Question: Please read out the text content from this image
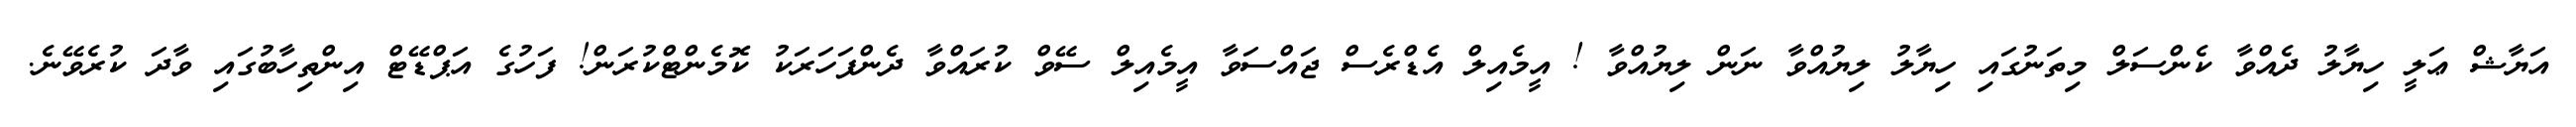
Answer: އަޔާޝް ޢަލީ ހިޔާލު ދެއްވާ ކެންސަލް މިތަނުގައި ހިޔާލު ލިޔުއްވާ ނަން ލިޔުއްވާ ! އީމެއިލް އެޑްރެސް ޖައްސަވާ އީމެއިލް ސޭވް ކުރައްވާ ދެންފަހަރަކު ކޮމެންޓްކުރަން! ފަހުގެ އަޕްޑޭޓް އިންތިހާބުގައި ވާދަ ކުރެވޭނެ.